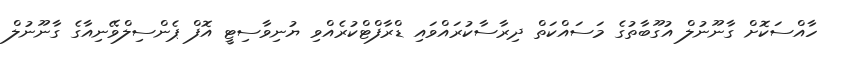
ހާއްސަކޮށް ގާނޫނުލް އުގޫބާތުގެ މަސައްކަތް ދިރާސާކުރައްވައި ޑްރާފްޓްކުރެއްވި ޔުނިވާސިޓީ އޮފް ޕެންސިލްވޭނިއާގެ ގާނޫނުލް